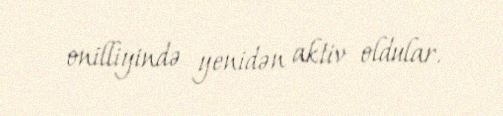
onilliyində yenidən aktiv oldular.